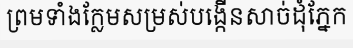
ព្រមទាំងក្លែមសម្រស់បង្កើនសាច់ដុំភ្នែក